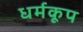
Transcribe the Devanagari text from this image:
धर्मकूप